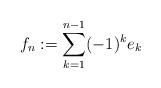
LaTeX: \begin{align*}f_n:=\sum_{k=1}^{n-1}(-1)^k e_k\end{align*}